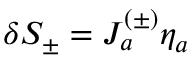
\delta { \cal S } _ { \pm } = J _ { a } ^ { ( \pm ) } \eta _ { a }